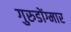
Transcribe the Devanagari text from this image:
गुरुडोंग्मार